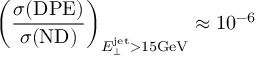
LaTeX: \left( \frac { \sigma ( \mathrm { D P E } ) } { \sigma ( \mathrm { N D } ) } \right) _ { E _ { \perp } ^ { \mathrm { j e t } } > 1 5 \mathrm { G e V } } \approx 1 0 ^ { - 6 }